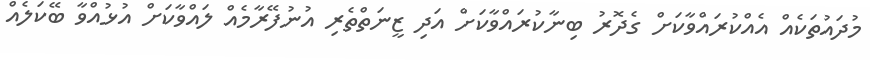
މުދައުތަކެއް އެއްކުރައްވާކަށް ގެދޮރު ބިނާކުރައްވާކަށް އަދި ޒީނަތްތެރި އުނުފޭރާމެއް ލައްވާކަށް އުޅުއްވާ ބޭކަލެއް